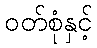
ဝတ်စုံနှင့်